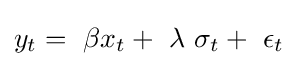
y_{t}=~\beta x_{t}+~\lambda ~\sigma _{t}+~\epsilon _{t}